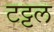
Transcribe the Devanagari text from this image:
टट्टल